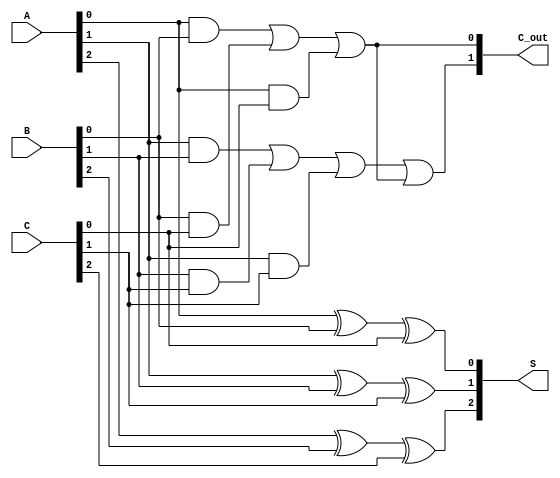
module CarrySaveAdder (
    input  [2:0] A, // 3-bit input A
    input  [2:0] B, // 3-bit input B
    input  [2:0] C, // 3-bit input C
    output [2:0] S, // 3-bit sum output
    output [1:0] C_out // 2-bit carry output
);

// Sum calculation
assign S[0] = A[0] ^ B[0] ^ C[0]; // S[0] = A[0]  B[0]  C[0]
assign S[1] = A[1] ^ B[1] ^ C[1]; // S[1] = A[1]  B[1]  C[1]
assign S[2] = A[2] ^ B[2] ^ C[2]; // S[2] = A[2]  B[2]  C[2]

// Carry calculation
assign C_out[0] = (A[0] & B[0]) | (B[0] & C[0]) | (A[0] & C[0]); // C[0]
assign C_out[1] = (A[1] & B[1]) | (B[1] & C[1]) | (A[1] & C[1]) | C_out[0]; // C[1]

endmodule